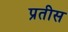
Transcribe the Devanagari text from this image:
प्रतीस